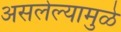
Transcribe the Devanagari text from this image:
असलेल्यामुळे